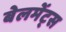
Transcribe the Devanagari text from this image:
बेलमेंट्स